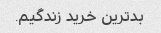
بدترین خرید زندگیم.